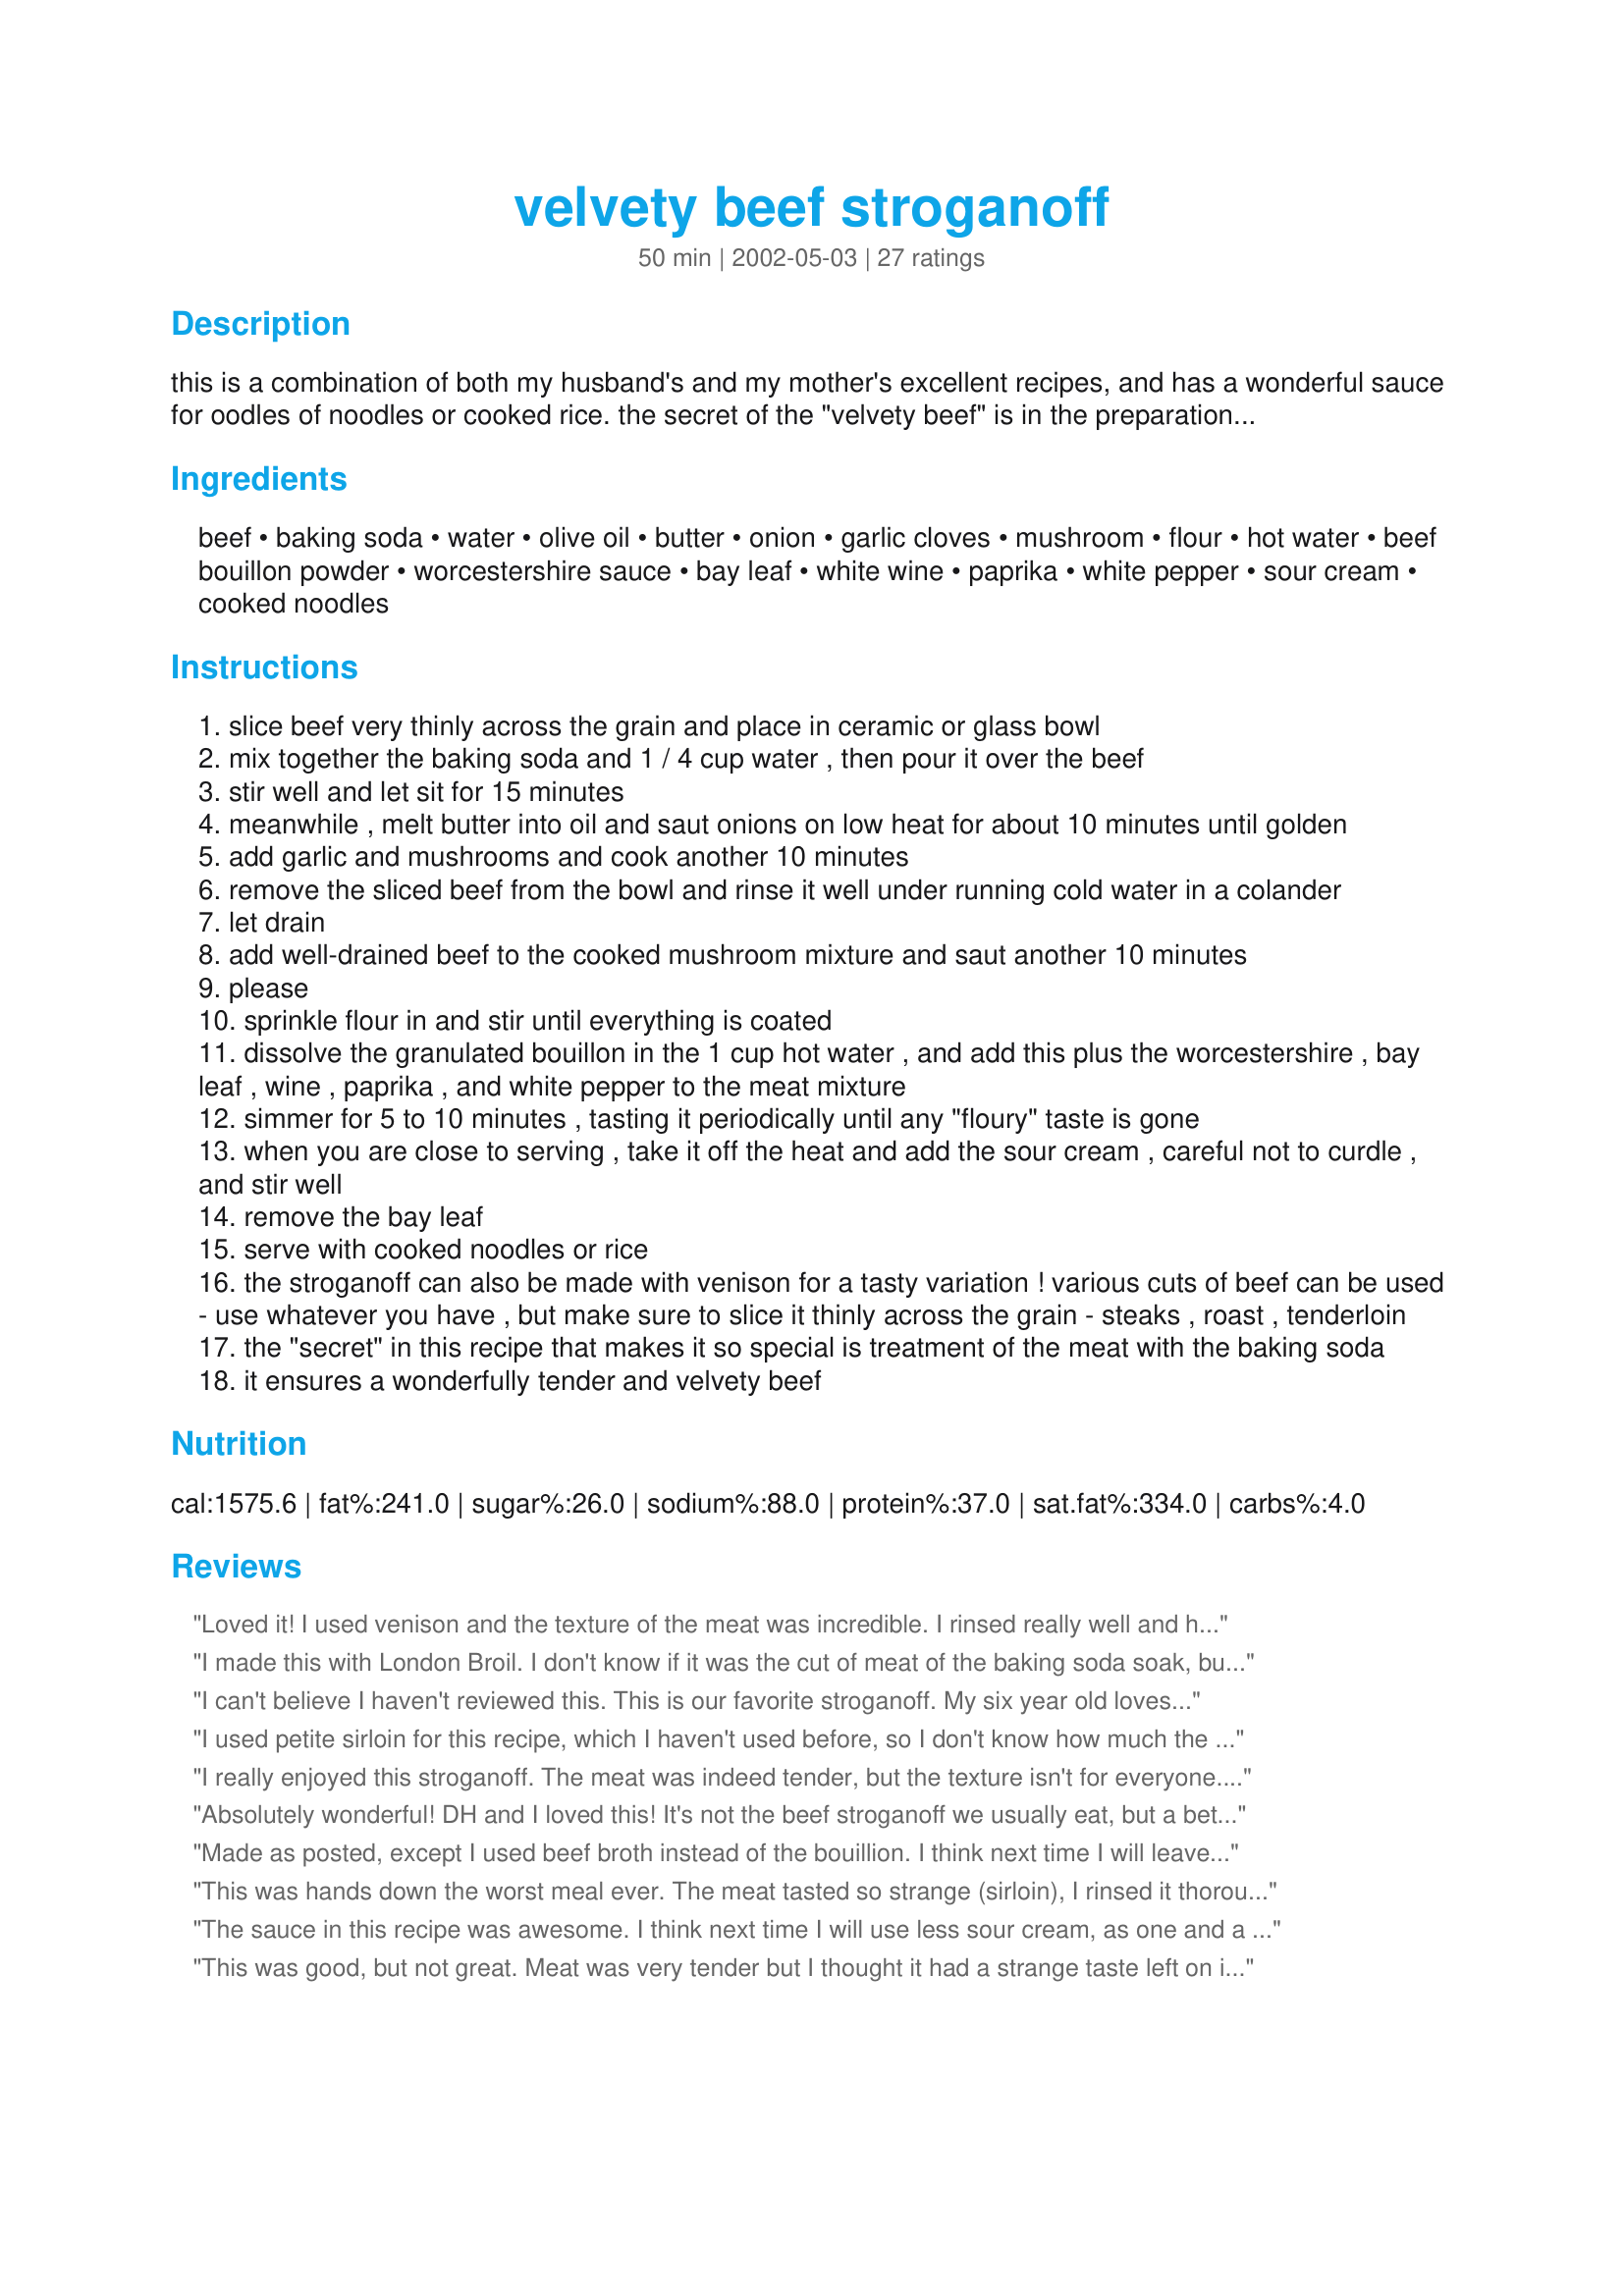
velvety beef stroganoff
Preparation time: 50 minutes

this is a combination of both my husband's and my mother's excellent recipes, and has a wonderful sauce for oodles of noodles or cooked rice. the secret of the "velvety beef" is in the preparation of the meat! :) the texture is quite a bit different from what you might be used to, so you might want to try it both ways. in any case, the stroganoff is delicious either with or without the special meat preparation. enjoy!

Ingredients:
beef, baking soda, water, olive oil, butter, onion, garlic cloves, mushroom, flour, hot water, beef bouillon powder, worcestershire sauce, bay leaf, white wine, paprika, white pepper, sour cream, cooked noodles

Steps:
slice beef very thinly across the grain and place in ceramic or glass bowl
mix together the baking soda and 1 / 4 cup water , then pour it over the beef
stir well and let sit for 15 minutes
meanwhile , melt butter into oil and saut onions on low heat for about 10 minutes until golden
add garlic and mushrooms and cook another 10 minutes
remove the sliced beef from the bowl and rinse it well under running cold water in a colander
let drain
add well-drained beef to the cooked mushroom mixture and saut another 10 minutes
please
sprinkle flour in and stir until everything is coated
dissolve the granulated bouillon in the 1 cup hot water , and add this plus the worcestershire , bay leaf , wine , paprika , and white pepper to the meat mixture
simmer for 5 to 10 minutes , tasting it periodically until any "floury" taste is gone
when you are close to serving , take it off the heat and add the sour cream , careful not to curdle , and stir well
remove the bay leaf
serve with cooked noodles or rice
the stroganoff can also be made with venison for a tasty variation ! various cuts of beef can be used - use whatever you have , but make sure to slice it thinly across the grain - steaks , roast , tenderloin
the "secret" in this recipe that makes it so special is treatment of the meat with the baking soda
it ensures a wonderfully tender and velvety beef

Reviews:
Loved it! I used venison and the texture of the meat was incredible. I rinsed really well and had no issue with a baking soda taste. I followed the recipe exactly and my son and boyfriend loved it. I would make again and plan on sharing this with friends.
I made this with London Broil. I don't know if it was the cut of meat of the baking soda soak, but the meat was very tender. I doubled the recipe to have half for dinner and froze the other half. The only thing I would say is you don't really need to double the amount of liquid if you do this, for some reason I had way too much sauce, and I like a lot of sauce. To freeze, I made through step 8, placed the sauce, meat and mushrooms in a zip top bag that I froze. To serve, I reheated on the stove just until boiling, I then turned off the heat and added the sour cream before serving over noodles. I didn't have any of the baking soda taste some of the other reviewers experienced, but I can't really say why that is.
I can't believe I haven't reviewed this. This is our favorite stroganoff. My six year old loves this! I usually make it with ground beef and skip the baking soda step. I would have to agree with Dizwendy that when we used the sliced beef soaked in baking soda and water, it had a soggy texture we didn't like. If I used sliced beef again, I'd probably just use a tender cut and forget about the baking soda. The sauce is delicious and it's good served with the leftover bottle of wine used in cooking.
I used petite sirloin for this recipe, which I haven't used before, so I don't know how much the baking soda process softened it from how it normally tastes.
I am a little confused that so many people thought this was the "best stroganoff ever". I found it somewhat bland, despite the wine and sour cream. I couldn't taste a trace of the wine in the finished product, I used chardonnay. I felt the recipe needed more beefy flavor. Perhaps that could be accomplished by adding more worcestershire and perhaps some dill and dijon mustard, or maybe a gravy mix instead of the bouillon. I agree with another reviewer that the flour may have contributed to the dilution of flavor.
I also think if you have a poor quality of meat, the baking soda step is beneficial, but if you have a good quality of meat, that step will make your meat droopy, in which case you should use a different recipe.
I really enjoyed this stroganoff. The meat was indeed tender, but the texture isn't for everyone. For example, my son didn't like the beef chunks but he did love the egg noodles and sauce. I used 1 lb of mushroom and less wine and sour cream than was called for but otherwise remained faithful to the recipe. Great flavors and easy to prepare. Also, the leftovers heat up really well so it's made for some tasy lunches this week. Thanks!
Absolutely wonderful! DH and I loved this! It's not the beef stroganoff we usually eat, but a better, improved version. I used 1 cup low-sodium beef broth instead of the hot water and boullion and added a little more of the beef broth when cooking the mushrooms and garlic to moisten it, but followed the rest of the recipe to the letter. Served this over wide egg noodles with steamed broccoli on the side for a very yummy meal. Thanks for posting this, Julesong, it goes directly to my "favorites" folder!
Made as posted, except I used beef broth instead of the bouillion. I think next time I will leave out the baking soda, as I couldn't see any reason to put it in the recipe. We had this over noodles along with a mushroom, tomato and cucumber salad. Excellent recipe Jules!
This was hands down the worst meal ever. The meat tasted so strange (sirloin), I rinsed it thoroughly. Couldn’t even taste the sour cream at all. Was watery. I scowl when I read bad reviews because I think they’re unbecoming, but rest assured you’d be better off...cooking down your onion, garlic, and mushrooms, quick sear your sirloin in cast iron skillet, adding a packet of stroganoff mix, a bit of white wine, and double the amount of sour cream that’s suggested on packet. Salt and pepper to taste. I never cook with packets or canned soup, but with stroganoff it is really good. I was horribly disappointed.
The sauce in this recipe was awesome. I think next time I will use less sour cream, as one and a half cups was a little much. The beef didn't turn out velvety though. Maybe it was the cut of meat I used. I used a NY strip steak. Otherwise, it was really good and the bf gobbled it up.
This was good, but not great. Meat was very tender but I thought it had a strange taste left on it. I did rinse well but something was off. My son, who eats anything, told me he just wasn't feeling it..LOL. Hubby loved it...I am middle of the road. While my sauce tasted great, it seperated and I am not sure why, never had that problem before. Will make again for the sauce, just not using the baking soda method for the meat. Thanks!
This was THE BEST beef stroganoff I have ever made! Thank you for the great recipe. My kids loved it and even had 2nds and 3rds...Even my Picky "NO MEAT" Daughter! Will be a must have from now on!
Good Job!
I think this must be one of those love it or hate it recipes. I thought it sounded like a strange technique to achieve tender beef, but decided to give it a try since there were so many wonderful reviews. Unfortunately, my family hated it.

The beef was very tender, but had a nasty texture. My 11 year old said it was too "mushy" and that's the best way I can think of to describe it. It didn't have the texture of beef at all and just wasn't pleasant to bite into.

We also did not care for the baking soda flavor left in the beef. Even though I rinsed and rinsed and rinsed, you could still taste it.

From a family that will eat basically anything that doesn't eat us first, we ended up throwing this out. :(
I cooked this up for my wife, who 'loves' stroganoff. She found it far tastier then any she's had before.

This would be a fun one to experiment further with.
Delicious! I used a full bodied red wine instead of white but the flavors where distinct and wonderful. Great recipe. Will make this again!<br/>And I made this Gluten Free by using King Arthur Gluten Free Flour and Gluten Free Worcesterchire sauce in the same amounts and heaped on a pile of gluten free noddles.
I'm not sure if I did this wrong...it didn't turn out very well for us. The sauce didn't have a whole lot of flavor and it was very thin.
The meat was very tender, I will definetely use that process again. The recipe was good and we really enjoyed it for our Sunday dinner and for leftovers. I would recommend this recipe and have told lots of friends about preparing the meat before hand. Thanks for sharing!
My wife and I made this recipe exactly as shown above. While it is true that it had a velvety texture, the flavor was terrible.We thoroughly rinsed the beef and even set it on a timer while soaking and yet could detect the baking soda in the flavor. Also the way the flour is added makes everything taste a little like flour. We cannot understand the 5 star ratings. I could not reccomend this to anyone. Save your ingredients for another recipe.
Supreme! I thought I had perfected Stroganoff until I tried this version. Well worth the time & prep. Minor change: I used only 1 cup sour cream...added a dash of tomato paste...and, as per optional suggestion, drizzled a little white wine over the onion & mushroom/garlic mix (+ milled black pepper, rather than white). As per other reviewers, the baking soda treatment is KEY to this recipe. Don't omit. For best flavour, ensure you incorporate pan scrapings into the gravy mix before you add the sour cream. 5+ stars! Thank you.
We are so happy to discover the secret of really tender beef for our stroganoff. Try it for yourself, it is amazing what the baking soda process does.
I'd go higher than five if I could! 

I absolutely loved this recipe - as did the husband, and most of our friends who tried it one night during a get-together. 

The meat came out melt-in-your-mouth tender. Julesong does a really good breakdown of the steps, so it was very easy, and very straightforward when cooking it. 

The only really adaptations I did the second time in making it was that, first off, I doubled the recipe, yet didn't double the amount of garlic and wine used in it while adding even more mushrooms! It came out loaded, yes, but the pot was cleaned, and one friend didn't get any when he arrived late. ;)
This was the best Stroganoff EVER!!! I always had a hard time keeping the meat from getting tough. I used stir-fry beef and baby portabella mushrooms and beef broth. I also used red wine (misread the recipe) but it came out awesome! It's a good thing I doubled the recipe...we gobbled it up! The baking soda trick really worked, and the meat was incredibly tender. Thank you for a keeper! I will be making this often.
I have made this recipe on three different occasions. The first time I had to substitute white grape juice for the wine. The next two times wine was used...and rightly so. To counterbalance the sour cream something slightly astringent is needed. On the next two occasions was trying to determine precisely why this recipe is better than any other stroganoff i have tasted or made.

The most concise thing is to say that one should take the adjective ‘velvety’ very seriously. 
There is an overall smoothness to this recipe that I have not experienced before. Yet there are layers of flavour for all the smoothness. The beef was indeed tender but for me that was only one of the positive components of this recipe.

I’m afraid I haven’t yet captured the ‘magic’ of this recipe...so I will return after making it a dozen or so times more to see if I can be concise.
Of course I could merely use my alternative review here...FANTASTIC!
I have been looking for the "best" beef stroganoff recipe for a long time. Thanks to all these reviews, I will most add more Worsteshire sauce (only because I love it so much in this recipe) but I thank you so much for all the other additions you have for this recipe. This sounds so delish!!!
I am so glad I decided to search past the first page of stroganoff recipes, because this recipe is everything I have ever wanted in beef stroganoff, and more! Thank you so much for sharing it!
I have spent years looking for the perfect beef stroganoff recipe, and now I can stop looking! This recipe is incredible! I used New York Strip steak, and it was so tender that I could cut it with a fork! And my kids loved it! It was also very easy to make. I substituted canned mushrooms (that was all I had), and it was still good. I also used White Zin instead of plain white, and that was very good as well.
Wonderful recipe. My family is vegitarian. I made this with 2 bags of Morningstar beef strips and Knorr veggie bouillon. We loved it! By using already cooked "beef" it really cuts down on prep time. My girls have asked this to be added to our regular rotation of recipes.
yummy, yummy, yummy! Thanks so much!!
